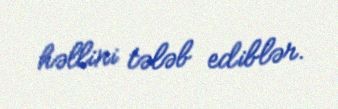
həllini tələb ediblər.